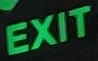
EXIT